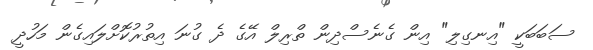
ސަބަބަކީ "އިނގިލި" އިން ގެނެސްދިން ތްރިލް އޭގެ ދެ ގުނަ އިތުރުކޮށްލައިގެން މަހުދީ